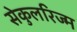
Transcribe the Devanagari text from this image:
सेकुलरिज्म